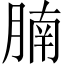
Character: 腩